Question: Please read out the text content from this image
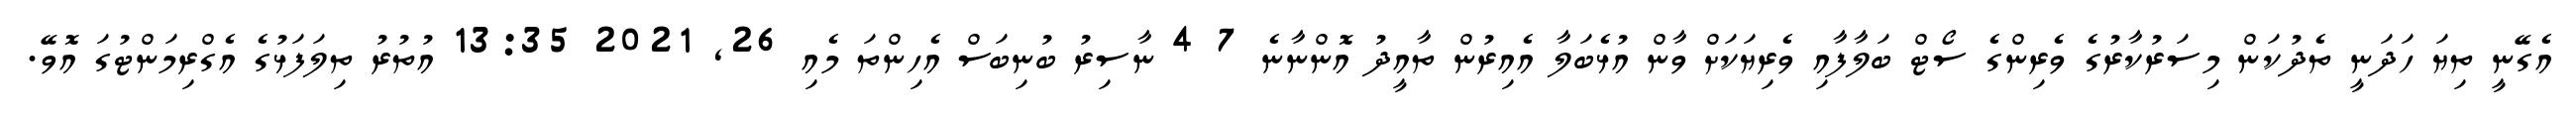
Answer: އެގޭނީ ތިޔަ ހަދަނީ ތެދުކަން މިސަރުކާރުގެ ވެރިންގެ ސޯޓް ބަލާފާއި ވެރިޔަކަށް ވާން އުޅެބަލާ އެއިރުން ތާއީދު އޮންނާނެ 7 4 ނާސިރު ބުނިބަސް އެހިންތަ މެއި 26, 2021 13:35 އުތުރު ތިލަފަޅުގެ އެގްރިމަންޓުގަ އޮވޭ.